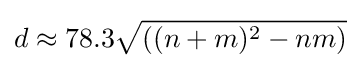
d\approx 78.3{\sqrt {((n+m)^{2}-nm)}}